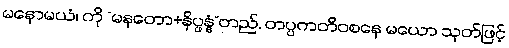
မနောမယံ၊ ကို “မနတော+နိပ္ဖန္နံ”တည်, တပ္ပကတိဝစနေ မယော သုတ်ဖြင့်